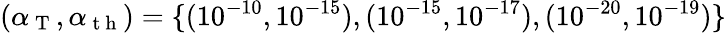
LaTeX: (\alpha_{\mathrm{~T~}},\alpha_{\mathrm{~t~h~}})=\{ (10^{-10},10^{-15}),(10^{-15},10^{-17}),(10^{-20},10^{-19})\}